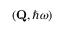
( \mathbf { Q } , \hslash \omega )